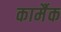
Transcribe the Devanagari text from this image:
कार्मैक